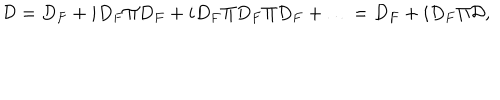
{ \cal D } = D _ { F } + i D _ { F } \Pi D _ { F } + i D _ { F } \Pi D _ { F } \Pi D _ { F } + \ldots = D _ { F } + i D _ { F } \Pi { \cal D } ,